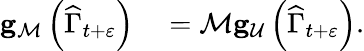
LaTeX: \begin{array}{rl}{\mathbf{g}_{\mathcal{M}}\left(\widehat{\Gamma}_{t+\varepsilon}\right)}&{{}=\mathcal{M}\mathbf{g}_{\mathcal{U}}\left(\widehat{\Gamma}_{t+\varepsilon}\right).}\end{array}